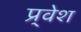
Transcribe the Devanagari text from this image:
प्र्वेश